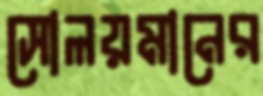
সোলয়মানের